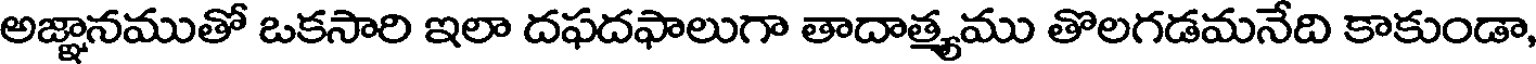
అజ్ఞానముతో ఒకసారి ఇలా దఫదఫాలుగా తాదాత్యము తొలగడమనేది కాకుండా,